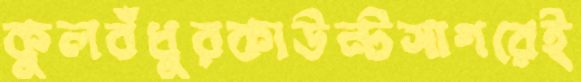
কুলবঁধুরকাউন্টসাগরেই